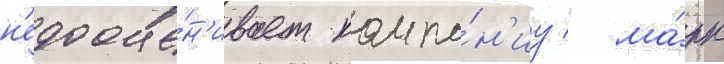
н'едооце́н'ивает компа́н'иу / ма́рк